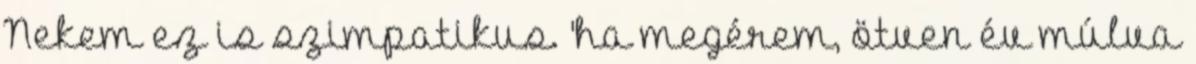
Nekem ez is szimpatikus. 'ha megérem, ötven év múlva